Civil Veterinary Dept. Bombay admin report 1923-31 - 1923-1931
Year: 1923
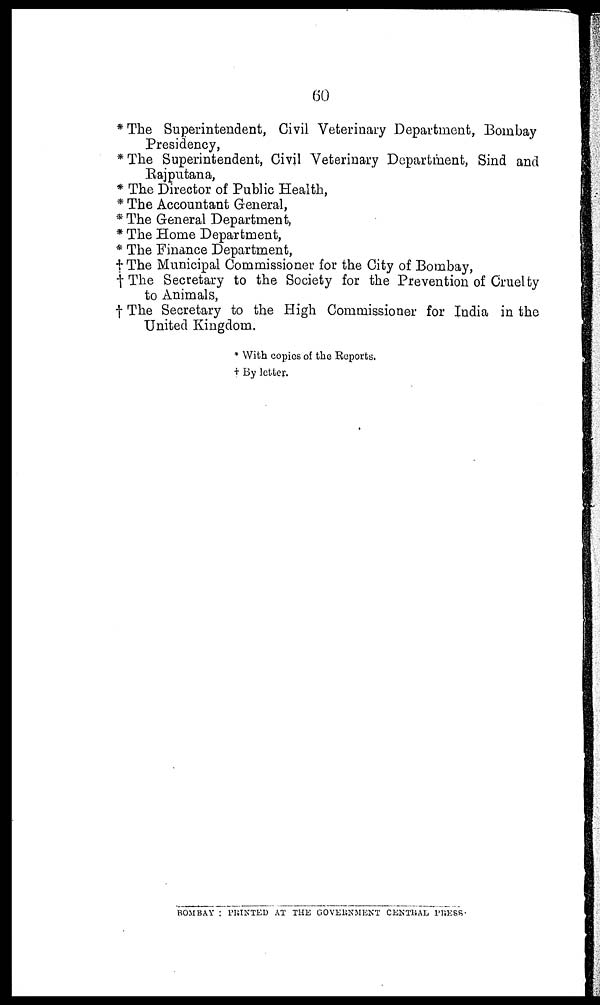
60
*The Superintendent, Civil Veterinary Department, Bombay
Presidency,
*The Superintendent, Civil Veterinary Department, Sind and
Rajputana,
* The Director of Public Health,
* The Accountant General,
* The General Department,
* The Home Department,
* The Finance Department,
† The Municipal Commissioner for the City of Bombay,
† The Secretary to the Society for the Prevention of Cruelty
to Animals,
† The Secretary to the High Commissioner for India in the
United Kingdom.
* With copies of the Reports.
† By letter.
BOMBAY: PRINTED AT THE GOVERNMENT CENTRAL PRESS.